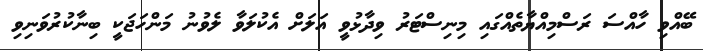
ބޭއްވި ހާއްސަ ރަސްމިއްޔާތެއްގައި މިނިސްޓަރު ވިދާޅުވީ އަލަށް އެކުލަވާ ލެވުނު މަންހަޖަކީ ބިނާކުރުވަނިވި